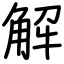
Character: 解